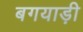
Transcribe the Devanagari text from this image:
बगयाड़ी